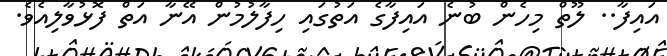
އައިފާ.. ލޫތް މިހެން ބުނެ އައިފާގެ އަތުގައި ހިފާލުމުން އޭނާ އަތް ފޮޅުވާލިއެވެ.